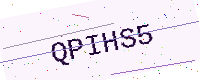
Text: QPIHS5